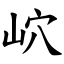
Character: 岤